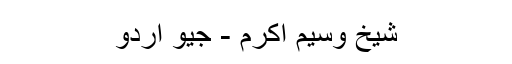
شیخ وسیم اکرم - جیو اردو